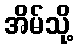
အိမ်သို့